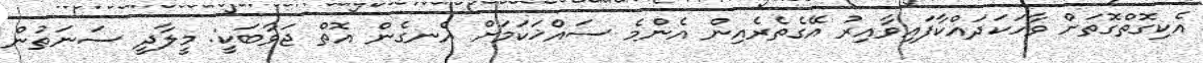
އެކިގޮތްގޮތަށް ވާހަކަދައްކާފައިވާއިރު އޭގެތެރެއިން އެންމެ ސައްޚަކަމަށް އެނގެން އޮތް ޖަވާބަކީ: މީލާދީ ސަނަތުން